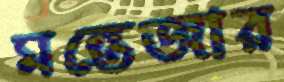
মন্তেজার